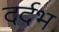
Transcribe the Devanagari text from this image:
दर्दभ